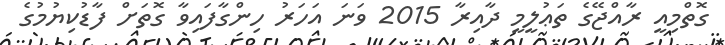
ގޮތްމިއީ ރާއްޖޭގެ ތަޢުލީމީ ދާއިރާ 2015 ވަނަ އަހަރު ހިންގާފައިވާ ގޮތަށް ފާޑުކިޔުމުގެ